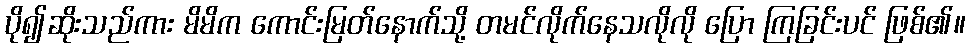
ပို၍ဆိုးသည်ကား မိမိက ကောင်းမြတ်နောက်သို့ တမင်လိုက်နေသလိုလို ပြော ကြခြင်းပင် ဖြစ်၏။